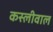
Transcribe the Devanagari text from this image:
कस्लीवाल